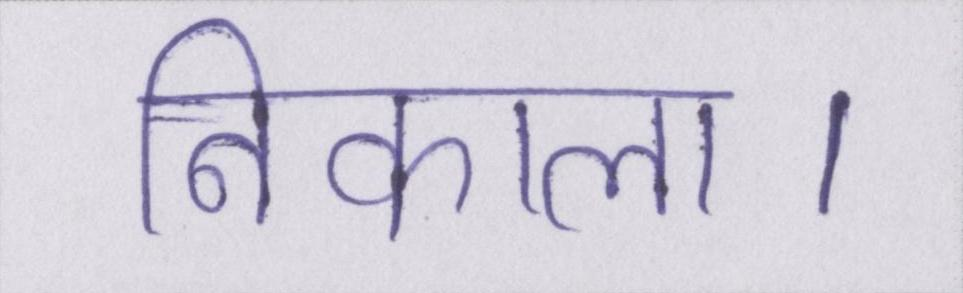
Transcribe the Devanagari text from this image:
निकाला।